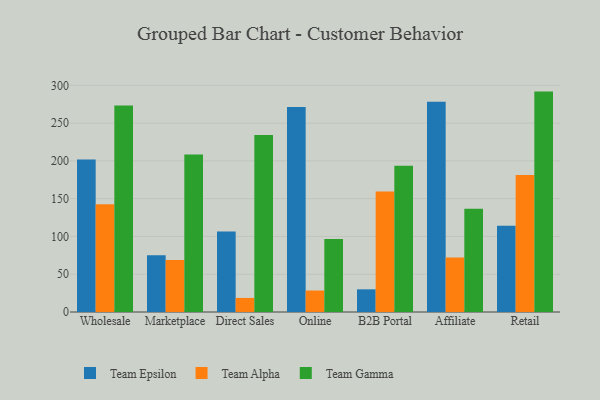
{"axis": {"x": "Channel", "y": "Tickets Resolved"}, "legend": ["Team Alpha", "Team Epsilon", "Team Gamma"], "data": [{"x": "Wholesale", "y": 201.7, "type": "Team Epsilon"}, {"x": "Wholesale", "y": 142.5, "type": "Team Alpha"}, {"x": "Wholesale", "y": 273.4, "type": "Team Gamma"}, {"x": "Marketplace", "y": 75.1, "type": "Team Epsilon"}, {"x": "Marketplace", "y": 68.8, "type": "Team Alpha"}, {"x": "Marketplace", "y": 208.3, "type": "Team Gamma"}, {"x": "Direct Sales", "y": 106.6, "type": "Team Epsilon"}, {"x": "Direct Sales", "y": 18.6, "type": "Team Alpha"}, {"x": "Direct Sales", "y": 234.3, "type": "Team Gamma"}, {"x": "Online", "y": 271.2, "type": "Team Epsilon"}, {"x": "Online", "y": 28.4, "type": "Team Alpha"}, {"x": "Online", "y": 96.6, "type": "Team Gamma"}, {"x": "B2B Portal", "y": 30.0, "type": "Team Epsilon"}, {"x": "B2B Portal", "y": 159.5, "type": "Team Alpha"}, {"x": "B2B Portal", "y": 193.6, "type": "Team Gamma"}, {"x": "Affiliate", "y": 278.4, "type": "Team Epsilon"}, {"x": "Affiliate", "y": 72.1, "type": "Team Alpha"}, {"x": "Affiliate", "y": 136.7, "type": "Team Gamma"}, {"x": "Retail", "y": 114.0, "type": "Team Epsilon"}, {"x": "Retail", "y": 181.4, "type": "Team Alpha"}, {"x": "Retail", "y": 291.7, "type": "Team Gamma"}]}